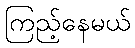
ကြည့်နေမယ်